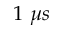
1 ~ \mu s